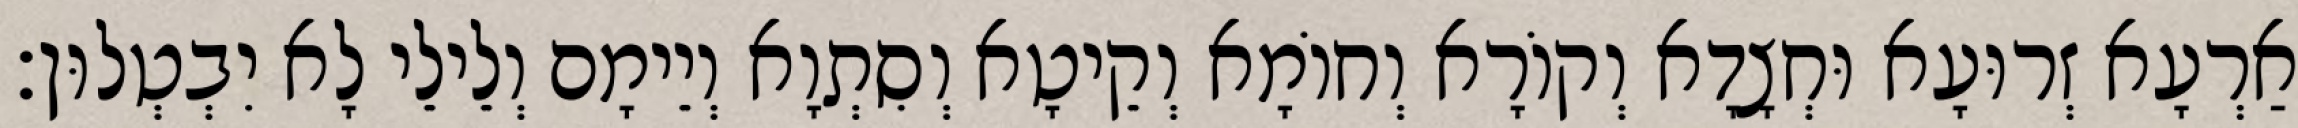
אַרְעָא זְרוּעָא וּחְצָדָא וְקוֹרָא וְחוֹמָא וְקֵיטָא וְסִתְוָא וְיֵימָם וְלֵילֵי לָא יִבְטְלוּן׃